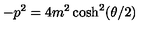
- p ^ { 2 } = 4 m ^ { 2 } \cosh ^ { 2 } ( \theta / 2 )